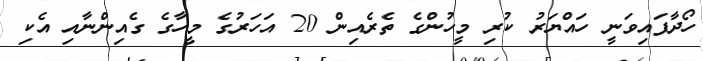
ހޯދާފައިވަނީ ހައްޔަރު ކުރި މީހުންގެ ތެރެއިން 20 އަހަރުގެ މީހާގެ ގެއިންނާއި އެކި